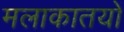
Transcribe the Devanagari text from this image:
मलाकातयों